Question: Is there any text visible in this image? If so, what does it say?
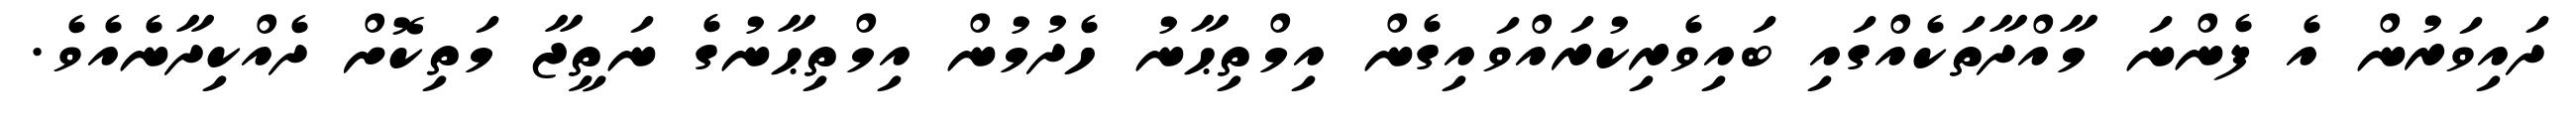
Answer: ދައިވަރުން އެ ފެންނަ މާއްދާތަކެއްގައި ބައިވެރިކުރައްވައިގެން އިމްތިޙާނު ހެދުމުން އިމްތިޙާނުގެ ނަތީޖާ މަތިކޮށް ދެއްކިދާނެއެވެ.